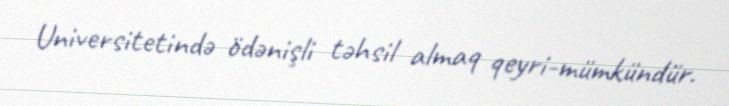
Universitetində ödənişli təhsil almaq qeyri-mümkündür.